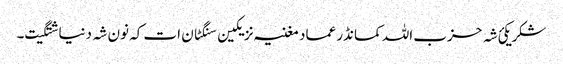
شکر یکئ شہ حزب اللہ کمانڈر عماد مغنیہ نزیکین سنگٹان ات کہ نون شہ دنیا شتگیت۔